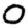
Digit: 0